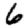
Digit: 6